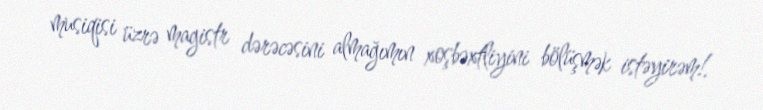
musiqisi üzrə magistr dərəcəsini almağımın xoşbəxtliyini bölüşmək istəyirəm!.